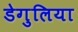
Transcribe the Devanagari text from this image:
डेगुलिया